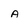
Character: a